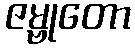
ဇမ္ဗုတော